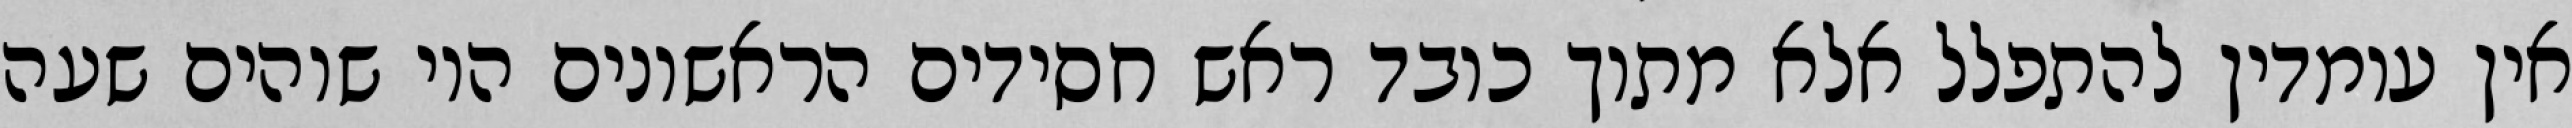
אין עומדין להתפלל אלא מתוך כובד ראש חסידים הראשונים היו שוהים שעה